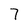
Character: 7